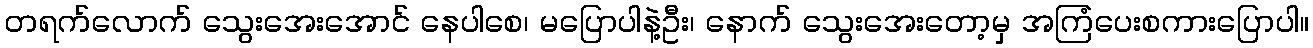
တရက်လောက် သွေးအေးအောင် နေပါစေ၊ မပြောပါနဲ့ဦး၊ နောက် သွေးအေးတော့မှ အကြံပေးစကားပြောပါ။